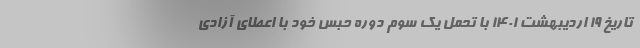
تاریخ 19 اردیبهشت 1401 با تحمل یک سوم دوره حبس خود با اعطای آزادی